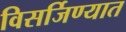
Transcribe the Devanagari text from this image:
विसर्जिण्यात